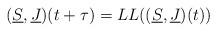
LaTeX: \begin{align*}(\underline{S},\underline{J})(t+\tau)=LL((\underline{S},\underline{J})(t))\end{align*}